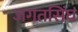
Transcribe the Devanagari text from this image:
जगतसिंघ